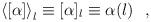
LaTeX: \begin{align*}\left<[\alpha]\right>_l \equiv [\alpha]_l \equiv \alpha(l)~~, \end{align*}